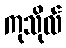
ကုသိုလ်